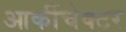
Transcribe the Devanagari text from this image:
आर्कीचेक्टर